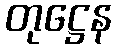
တုဋ္ဌေန